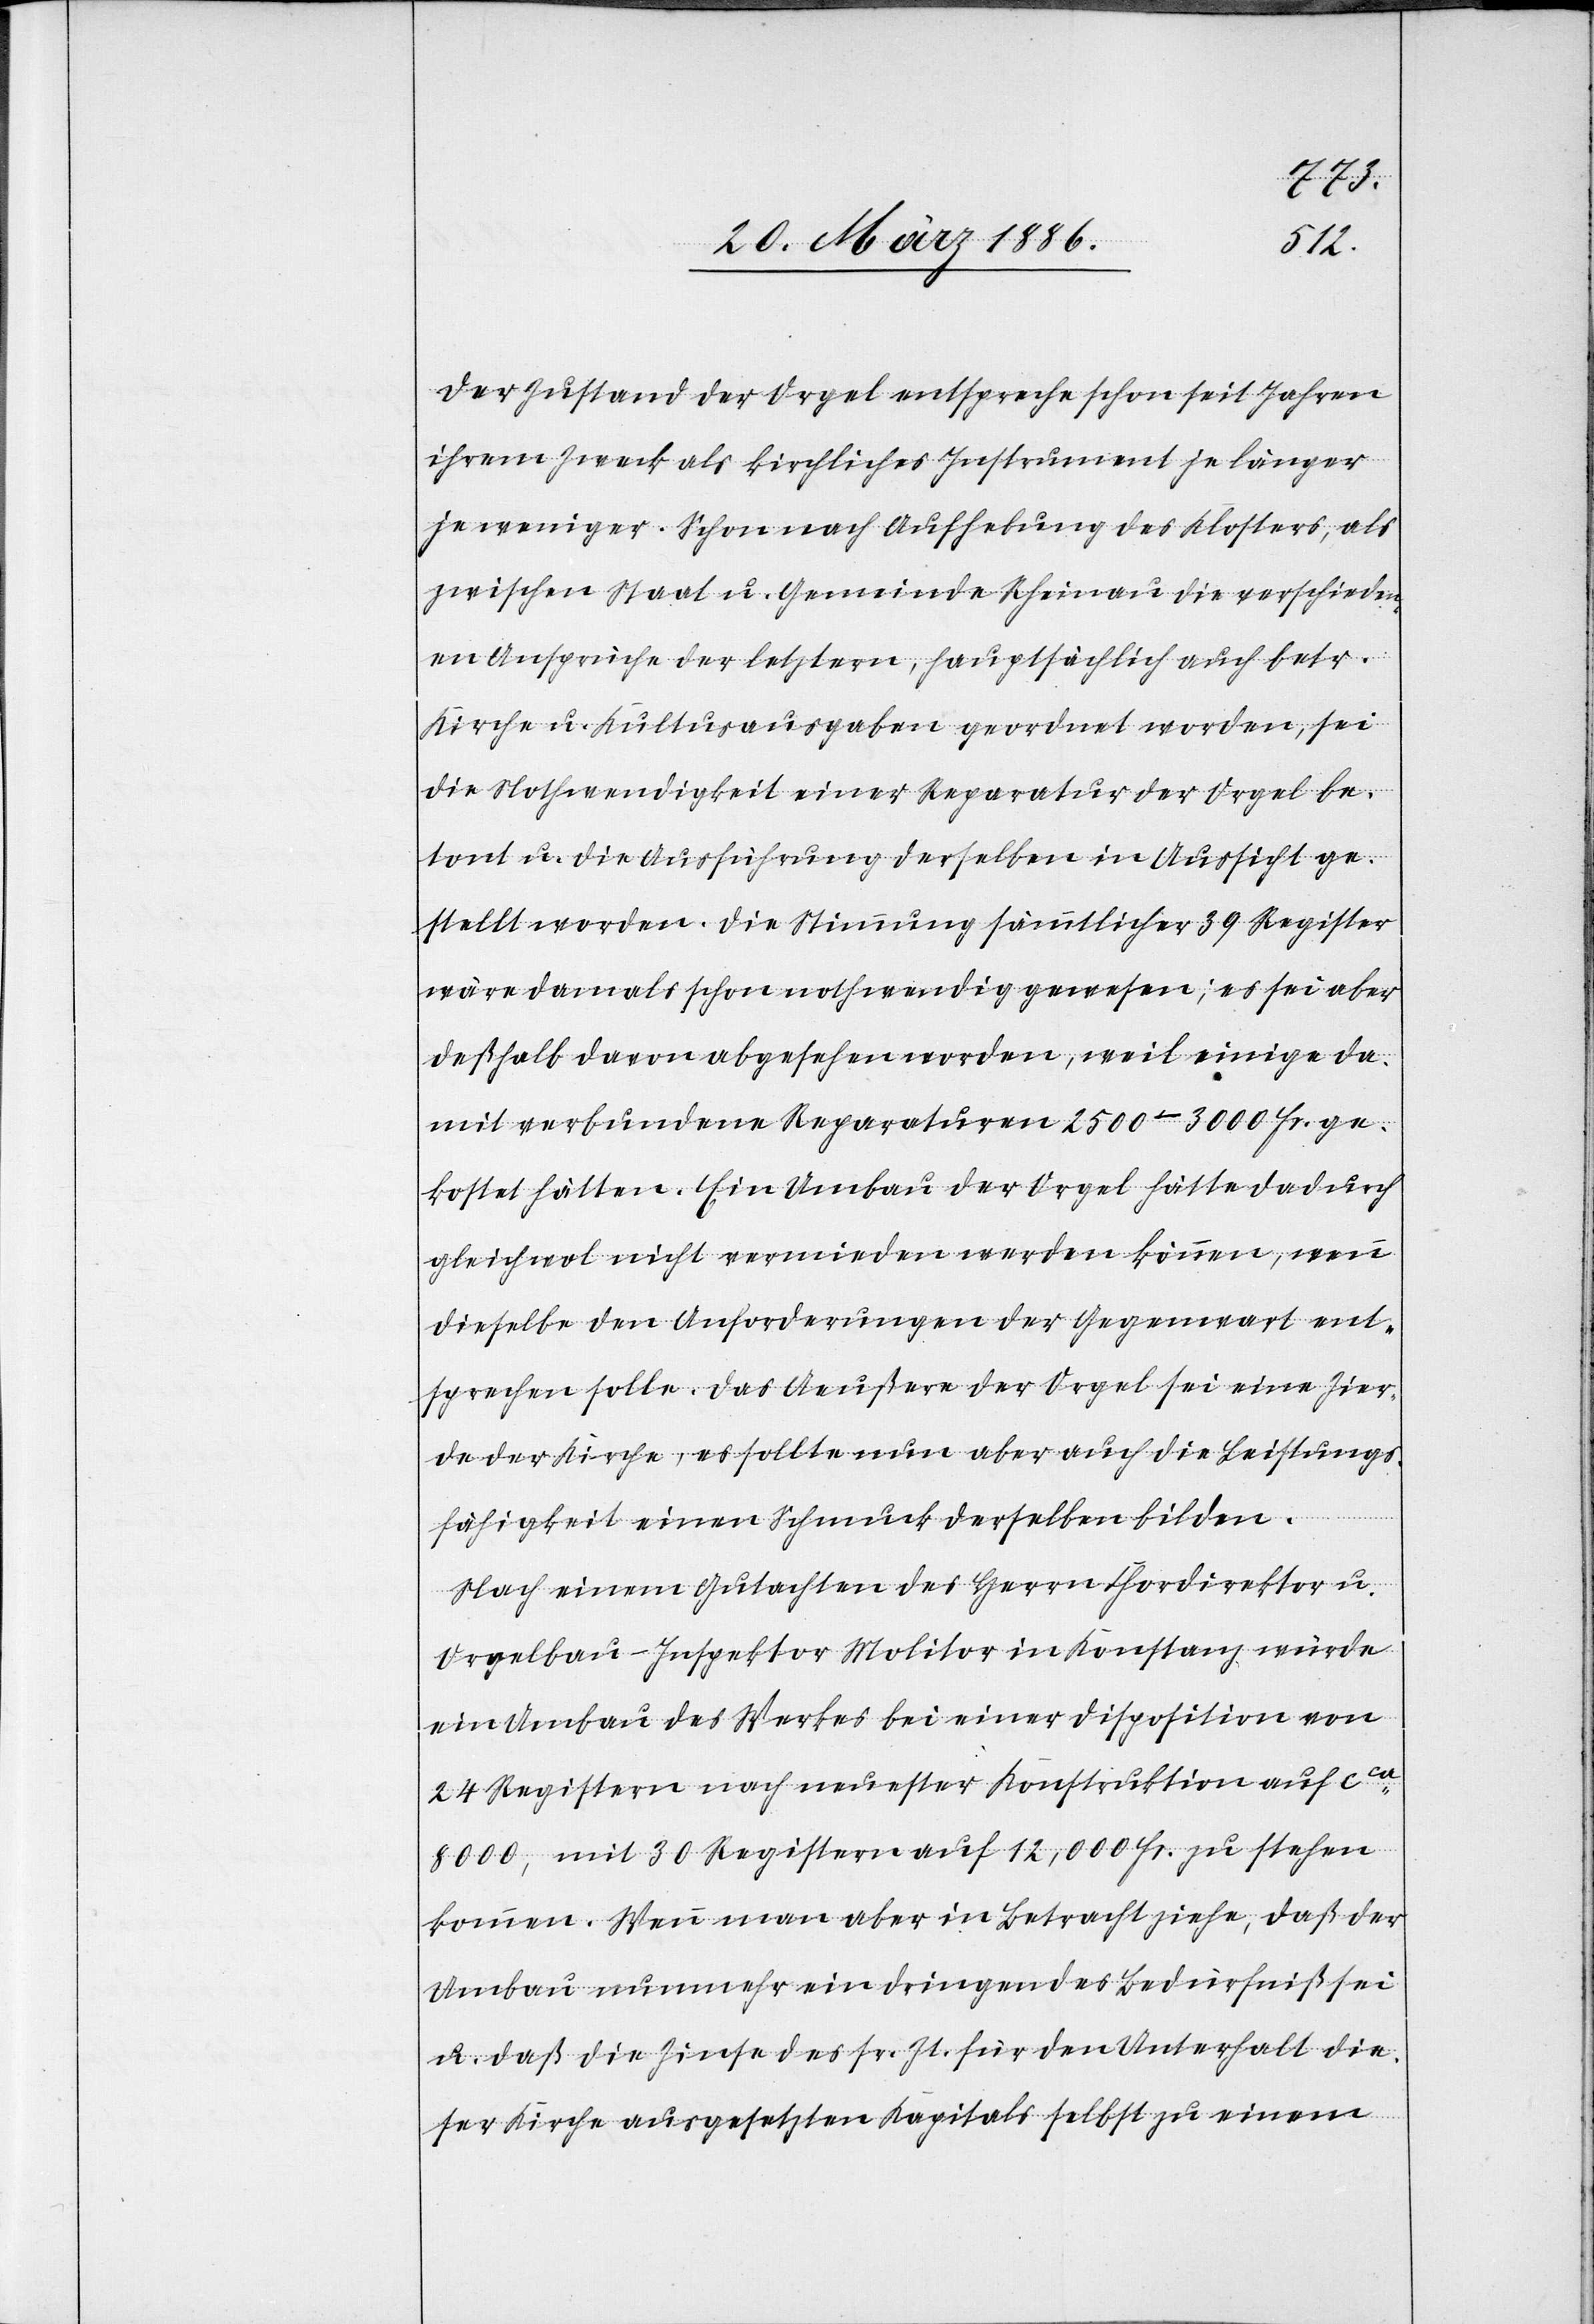
Der Zustand der Orgel entspreche schon seit Jahren
ihrem Zweck als kirchliches Instrument je länger
je weniger. Schon nach Aufhebung des Klosters, als
zwischen Staat u. Gemeinde Rheinau die verschieden¬
en Ansprüche der letztern, hauptsächlich auch betr.
Kirche u. Kultusausgaben geordnet worden, sei
die Nothwendigkeit einer Reparatur der Orgel be¬
tont u. die Ausführung derselben in Aussicht ge¬
stellt worden. Die Stimmung sämmtlicher 39 Register
wäre damals schon nothwendig gewesen; es sei aber
deßhalb davon abgesehen worden, weil einige da¬
mit verbundene Reparaturen 2500–3000 Fr. ge¬
kostet hätten. Ein Umbau der Orgel hätte dadurch
gleichwol nicht vermieden werden können, wenn
dieselbe den Anforderungen der Gegenwart ent¬
sprechen solle. Das Aeußere der Orgel sei eine Zier¬
de der Kirche, es sollte nun aber auch die Leistungs¬
fähigkeit einen Schmuck derselben bilden.
Nach einem Gutachten des Herrn Chordirektor u.
Orgelbau-Inspektor Molitor in Konstanz würde
ein Umbau des Werkes bei einer Disposition von
24 Registern nach neuster Konstruktion auf cca
8000, mit 30 Register auf 12,000 Fr. zu stehen
kommen. Wenn man aber in Betracht ziehe, daß der
Umbau nunmehr ein dringendes Bedürfniß sei
u. daß die Zinse des sr. Zt. für den Unterhalt die¬
ser Kirche ausgesetzten Kapitals selbst zu einem